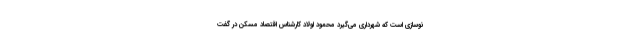
نوسازی است که شهرداری می‌گیرد محمود اولاد کارشناس اقتصاد مسکن در گفت